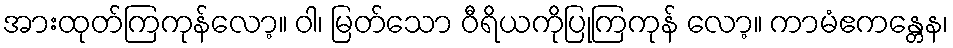
အားထုတ်ကြကုန်လော့။ ဝါ၊ မြတ်သော ဝီရိယကိုပြုကြကုန် လော့။ ကာမံဧကန္တေန၊